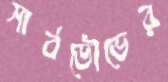
সার্বভৌভের